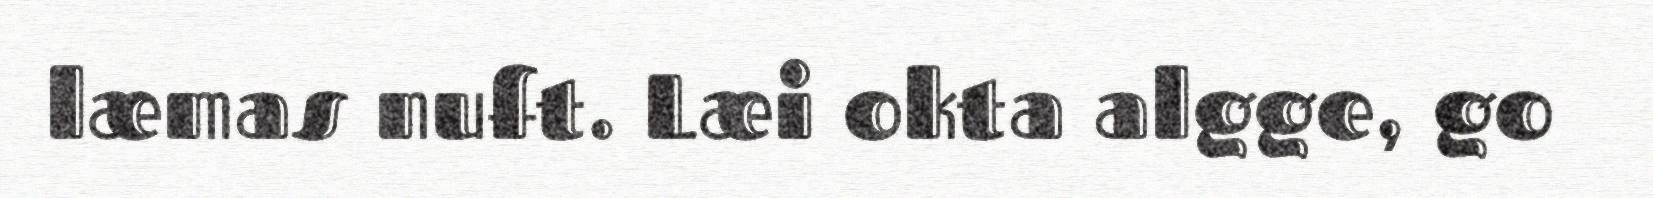
læmas nuft. Læi okta algge, go